Report on the lunatic asylums under the Government of Bombay - 1904-1913
Year: 1904
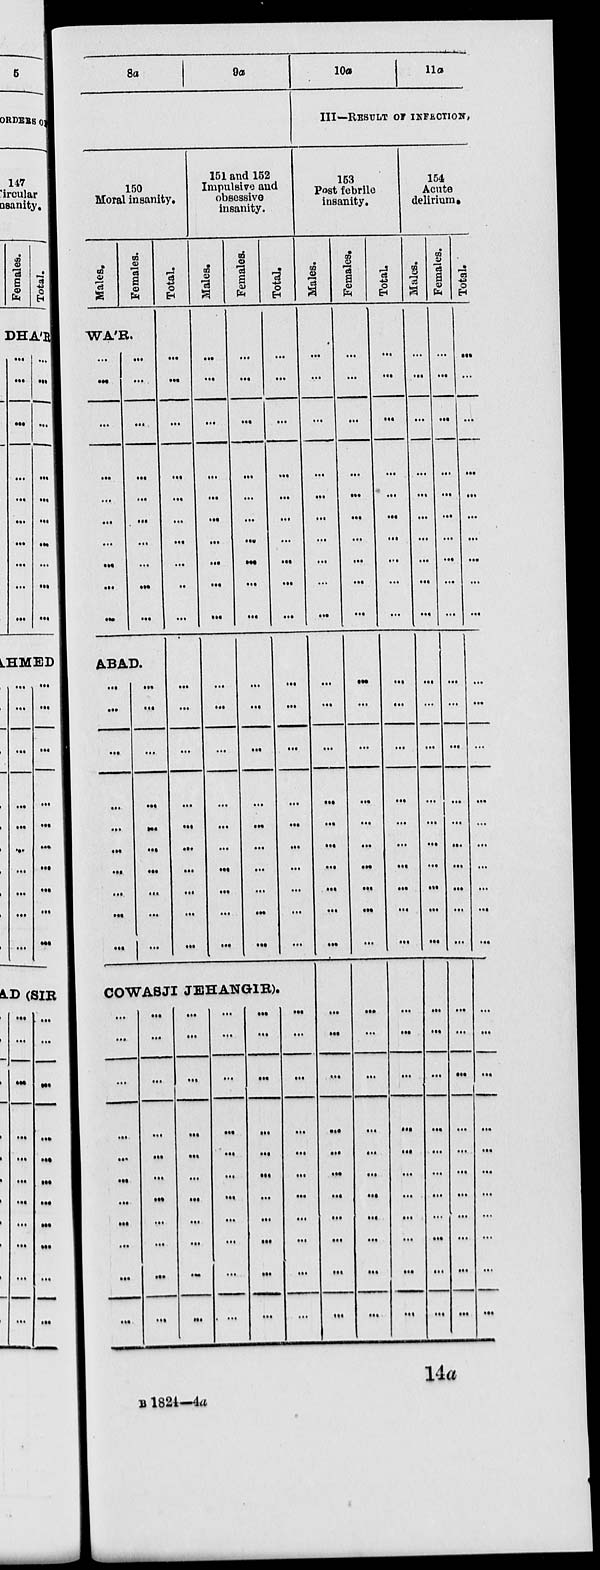
8a
9a
150
Moral insanity.
Males.
Females.
WÁR.
...
...
...
...
...
...
...
...
...
...
...
...
...
...
...
...
...
...
...
...
A.BAD.
...
...
...
...
...
...
...
...
...
...
...
...
...
...
...
...
...
...
...
...
Total.
...
...
...
...
...
...
...
...
...
...
...
...
...
...
...
...
...
...
...
...
151 and 152
Impulsive and
obsessive
insanity.
Males.
...
...
...
...
...
...
...
...
...
...
...
...
...
...
...
...
...
...
...
...
Females.
...
...
...
...
...
...
...
...
...
...
...
...
...
...
...
...
...
...
...
...
Total.
...
...
...
...
...
...
...
...
...
...
...
...
...
...
...
...
...
...
...
...
COWASJI JEHANGIR).
...
...
...
...
...
...
...
...
...
...
...
...
...
...
...
...
...
...
...
...
...
...
...
...
...
...
...
...
...
...
...
...
...
...
...
...
...
...
...
...
...
...
...
...
...
...
...
...
...
...
...
...
...
...
...
...
...
...
...
...
...
...
...
...
...
...
10a
11a
III—RESULT OF INFECTION,
153
Post febrile
insanity.
Males.
...
...
...
...
...
...
...
...
...
...
...
...
...
...
...
...
...
...
...
...
...
...
...
...
...
...
...
...
...
...
...
Females.
...
...
...
...
...
...
...
...
...
...
...
...
...
...
...
...
...
...
...
...
...
...
...
...
...
...
...
...
...
...
...
Total.
...
...
...
...
...
...
...
...
...
...
...
...
...
...
...
...
...
...
...
...
...
...
...
...
...
...
...
...
...
...
...
154
Acute
delirium.
Males.
...
...
...
...
...
...
...
...
...
...
...
...
...
...
...
...
...
...
...
...
...
...
...
...
...
...
...
...
...
...
...
Females.
...
...
...
...
...
...
...
...
...
...
...
...
...
...
...
...
...
...
...
...
...
...
...
...
...
...
...
...
...
...
...
Total.
...
...
...
...
...
...
...
...
...
...
...
...
...
...
...
...
...
...
...
...
...
...
...
...
...
...
...
...
...
...
...
14a
B 1824—4a